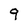
Character: 9